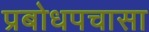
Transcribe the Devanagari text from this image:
प्रबोधपचासा